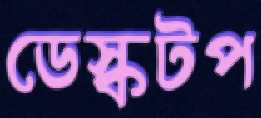
ডেস্কটপ